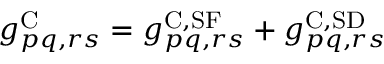
g _ { p q , r s } ^ { \mathrm { C } } = g _ { p q , r s } ^ { \mathrm { C , S F } } + g _ { p q , r s } ^ { \mathrm { C , S D } }